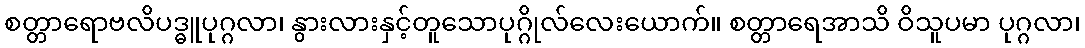
စတ္တာရောဗလိပဒ္ဓူပုဂ္ဂလာ၊ နွားလားနှင့်တူသောပုဂ္ဂိုလ်လေးယောက်။ စတ္တာရေအာသိ ဝိသူပမာ ပုဂ္ဂလာ၊